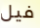
فيل